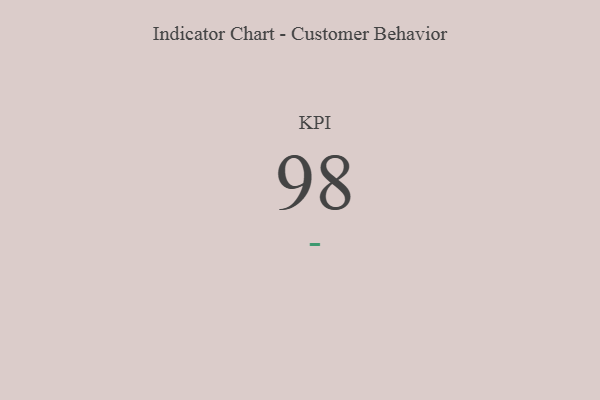
{"axis": {"x": "KPI", "y": "Value"}, "legend": [""], "data": [{"x": "KPI", "y": 98, "type": ""}]}